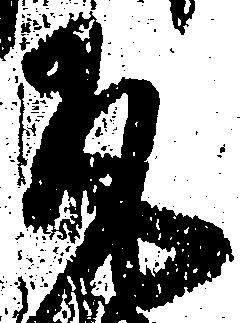
尾